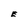
Character: E